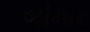
બીમાર